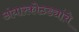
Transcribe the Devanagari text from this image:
अंधारकोठड्यांचे